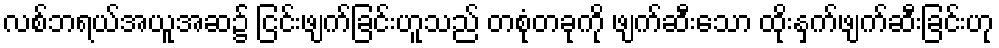
လစ်ဘရယ်အယူအဆ၌ ငြင်းဖျက်ခြင်းဟူသည် တစုံတခုကို ဖျက်ဆီးသော ထိုးနှက်ဖျက်ဆီးခြင်းဟု